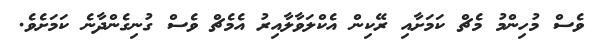
ވެސް މުހިންމު މެޗް ކަމަށާއި ރޭކިން އެކްލަވާލާއިރު އެމެޗް ވެސް ގުނިގެންދާނެ ކަމަށެވެ.